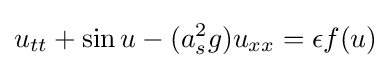
u_{tt}+\sin u-(a_{s}^{2}g)u_{xx}=\epsilon f(u)